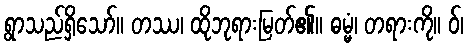
ရွာသည်ရှိသော်။ တဿ၊ ထိုဘုရားမြတ်၏။ ဓမ္မံ၊ တရားကို။ ဝ်၊